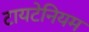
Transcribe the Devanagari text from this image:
टायटेनियम